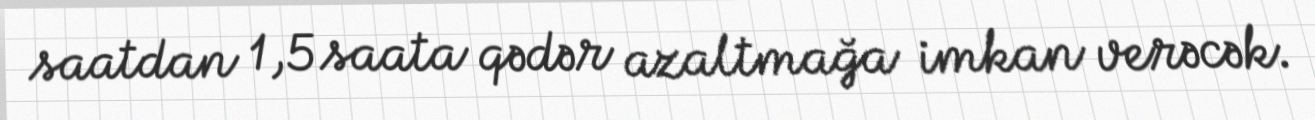
saatdan 1,5 saata qədər azaltmağa imkan verəcək.